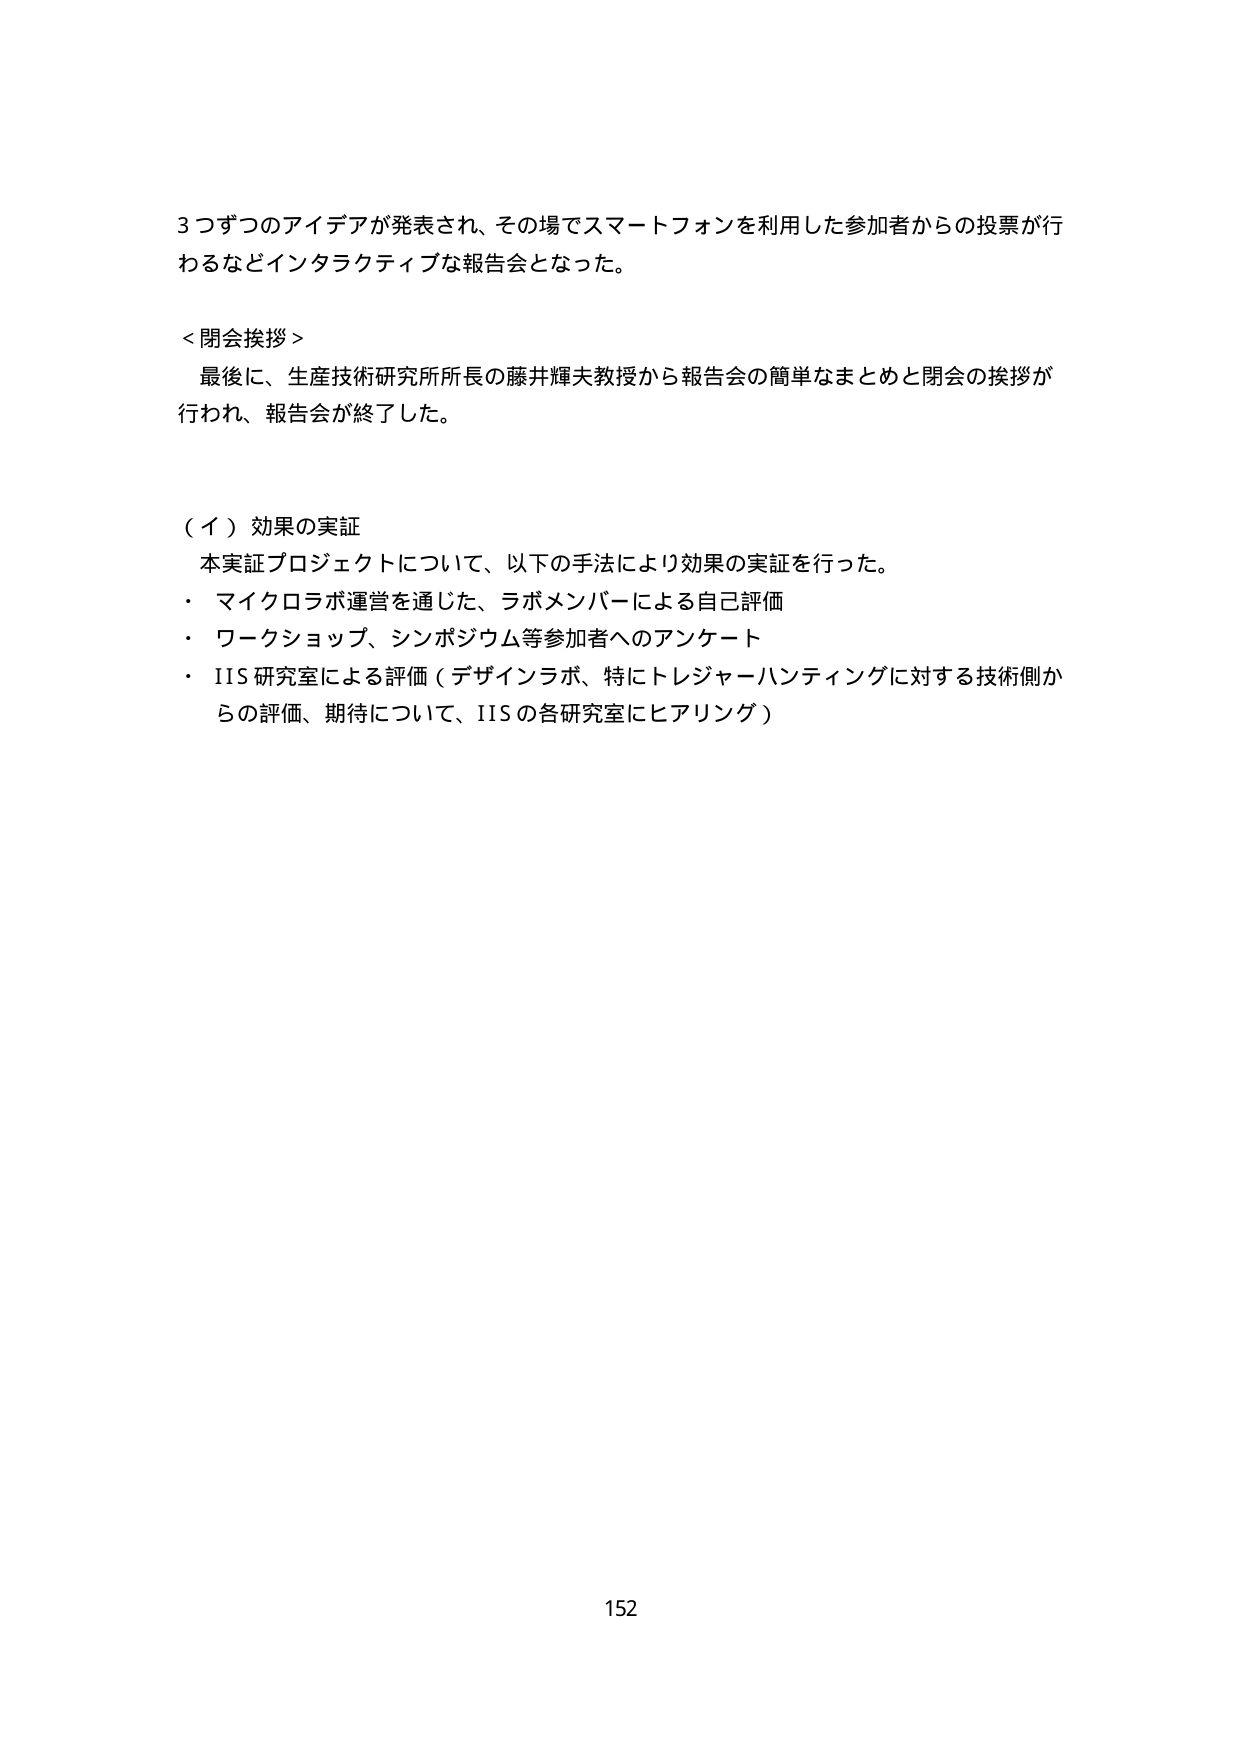
3つずつのアイデアが発表され、その場でスマートフォンを利用した参加者からの投票が行われるなどインタラクティブな報告会となった。

＜閉会挨拶＞
最後に、生産技術研究所所長の藤井輝夫教授から報告会の簡単なまとめと閉会の挨拶が行われ、報告会が終了した。

（イ）効果の実証
本実証プロジェクトについて、以下の手法により効果の実証を行った。
・ マイクロラボ運営を通じた、ラボメンバーによる自己評価
・ ワークショップ、シンポジウム等参加者へのアンケート
・ IIS研究室による評価（デザインラボ、特にトレジャーハンティングに対する技術側からの評価、期待について、IISの各研究室にヒアリング）

152